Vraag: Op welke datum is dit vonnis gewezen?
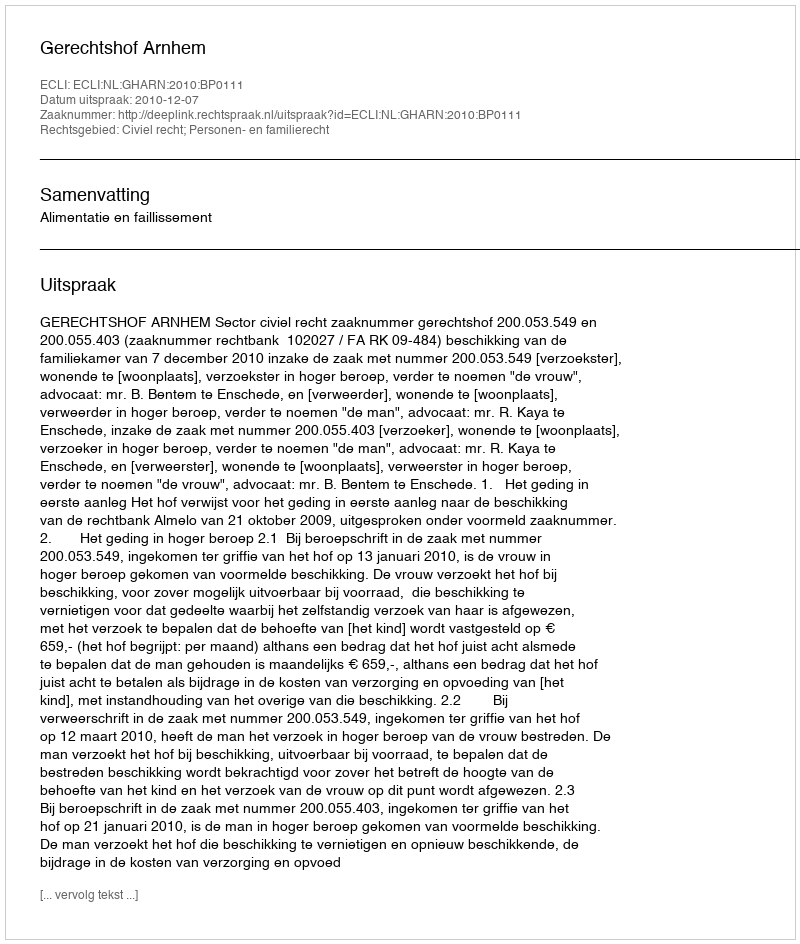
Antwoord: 2010-12-07